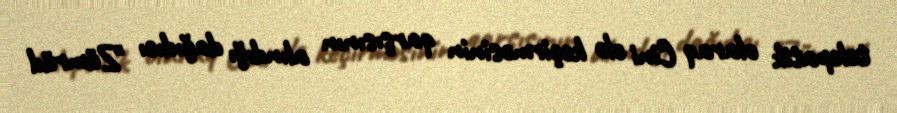
telepatik olaraq Cini ələ keçirməsinin qarşısının alındığı dağıdıcı "Zümrüd